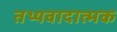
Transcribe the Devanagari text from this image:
तथ्यवादात्मक